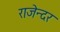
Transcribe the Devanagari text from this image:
राजेन्दर